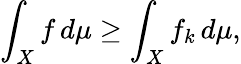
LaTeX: \int_{X}f\, d\mu\geq\int_{X}f_{k}\, d\mu,